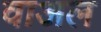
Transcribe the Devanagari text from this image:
वाअल